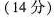
(14分)